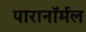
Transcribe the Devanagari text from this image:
पारानाॅर्मल